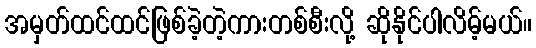
အမှတ်ထင်ထင်ဖြစ်ခဲ့တဲ့ကားတစ်စီးလို့ ဆိုနိုင်ပါလိမ့်မယ်။